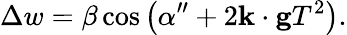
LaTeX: \Delta w=\beta\cos\left(\alpha^{\prime\prime}+2\mathbf{k}\cdot\mathbf{g}T^{2}\right).